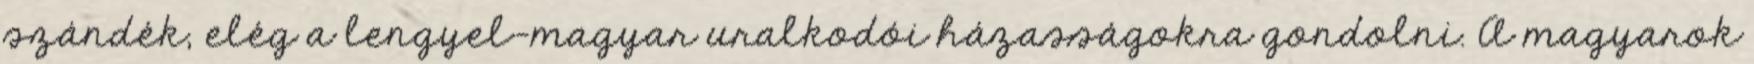
szándék, elég a lengyel-magyar uralkodói házasságokra gondolni. A magyarok